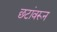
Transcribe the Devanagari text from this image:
छटांवरून